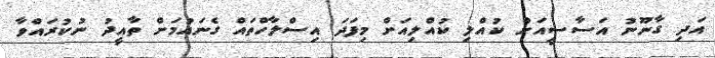
އަދި ގާނޫނު އަސާސީއަށް ކުއްލި ކުއްލިއަށް މިފަދަ އިސްލާހްތައް ގެނައުމަށް ތާއީދު ނުކުރައްވާ